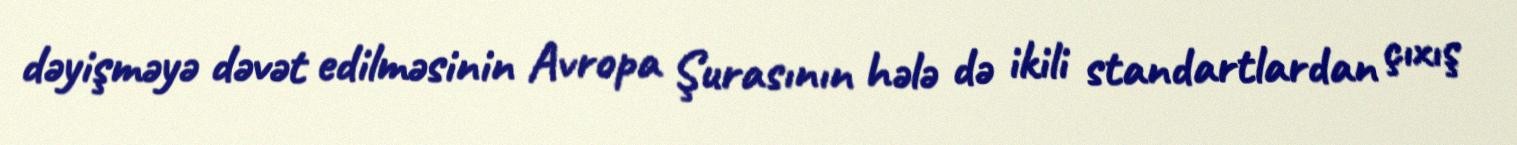
dəyişməyə dəvət edilməsinin Avropa Şurasının hələ də ikili standartlardan çıxış